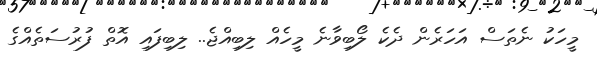
މީހަކު ނެތަސް އަހަރެން ދެކެ ލޯބިވާނެ މީހެއް ލިބިއްޖެ.. ލިބިފައި އޮތް ފުރުސަތެއްގެ